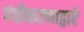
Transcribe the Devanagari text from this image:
पंचीकरणाद्वारे